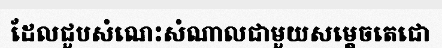
ដែលជួបសំណេះសំណាលជាមួយសម្តេចតេជោ